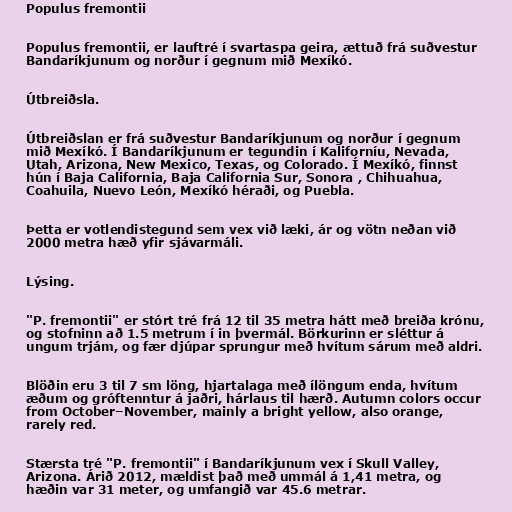
Populus fremontii

Populus fremontii, er lauftré í svartaspa geira, ættuð frá suðvestur
Bandaríkjunum og norður í gegnum mið Mexíkó.

Útbreiðsla.

Útbreiðslan er frá suðvestur Bandaríkjunum og norður í gegnum
mið Mexíkó. Í Bandaríkjunum er tegundin í Kaliforníu, Nevada,
Utah, Arizona, New Mexico, Texas, og Colorado. Í Mexíkó, finnst
hún í Baja California, Baja California Sur, Sonora , Chihuahua,
Coahuila, Nuevo León, Mexíkó héraði, og Puebla.

Þetta er votlendistegund sem vex við læki, ár og vötn neðan við
2000 metra hæð yfir sjávarmáli.

Lýsing.

"P. fremontii" er stórt tré frá 12 til 35 metra hátt með breiða krónu,
og stofninn að 1.5 metrum í in þvermál. Börkurinn er sléttur á
ungum trjám, og fær djúpar sprungur með hvítum sárum með aldri.

Blöðin eru 3 til 7 sm löng, hjartalaga með ílöngum enda, hvítum
æðum og gróftenntur á jaðri, hárlaus til hærð. Autumn colors occur
from October–November, mainly a bright yellow, also orange,
rarely red.

Stærsta tré "P. fremontii" í Bandaríkjunum vex í Skull Valley,
Arizona. Árið 2012, mældist það með ummál á 1,41 metra, og
hæðin var 31 meter, og umfangið var 45.6 metrar.